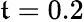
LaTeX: \mathfrak{t}=0.2